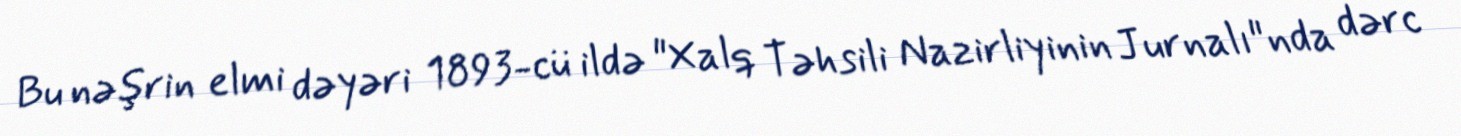
Bu nəşrin elmi dəyəri 1893-cü ildə "Xalq Təhsili Nazirliyinin Jurnalı"nda dərc